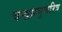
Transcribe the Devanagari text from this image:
चन्द्रप्रभुचरित्र